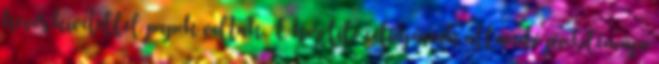
kevés kivétellel papok voltak. E kor filozófiájának állandó problémája